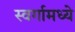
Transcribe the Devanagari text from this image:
स्वर्गामध्ये